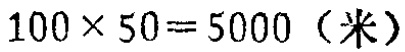
\(100\times 50 = 5000\)（米）